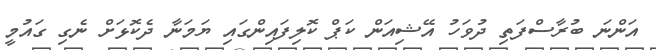
އަންނަ ބުރާސްފަތި ދުވަހު އޭޝިއަން ކަޕް ކޮލިފައިންގައި ޔަމަނާ ދެކޮޅަށް ނެގި ގައުމީ